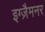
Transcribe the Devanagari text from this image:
इग्ज़ैमनर